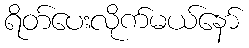
ရိတ်ပေးလိုက်မယ်နော်